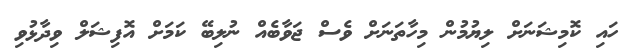
ހައި ކޮމިޝަނަށް ލިޔުމުން މިހާތަނަށް ވެސް ޖަވާބެއް ނުލިބޭ ކަމަށް އޮފިޝަލް ވިދާޅުވި